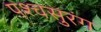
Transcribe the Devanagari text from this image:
पश्चसुरंग